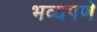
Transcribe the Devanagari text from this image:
भव्यपणे